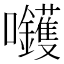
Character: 𡆇